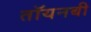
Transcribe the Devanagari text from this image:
तॉयनबी